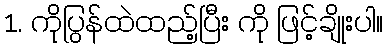
1. ကိုပြွန်ထဲထည့်ပြီး ကို ဖြင့်ချိုးပါ။